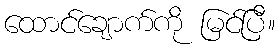
ထောင်ချောက်ကို မြင်ပြီ။